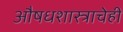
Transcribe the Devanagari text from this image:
औषधशास्त्राचेही